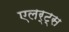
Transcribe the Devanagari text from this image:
एलर्ट्स